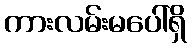
ကားလမ်းမပေါ်ရှိ